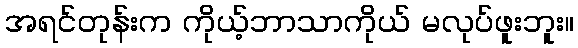
အရင်တုန်းက ကိုယ့်ဘာသာကိုယ် မလုပ်ဖူးဘူး။